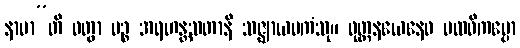
နာမာ”တိ ဝတွာ ပဉ္စ အရဟန္တသတာနိ သဇ္ဈာယမကံသု။ ဝုတ္တနယေနေဝ ပထဝိကမ္ပော